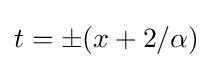
t=\pm (x+2/\alpha )